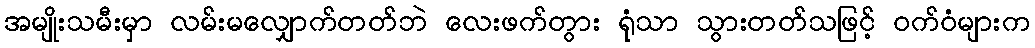
အမျိုးသမီးမှာ လမ်းမလျှောက်တတ်ဘဲ လေးဖက်တွား ရုံသာ သွားတတ်သဖြင့် ဝက်ဝံများက